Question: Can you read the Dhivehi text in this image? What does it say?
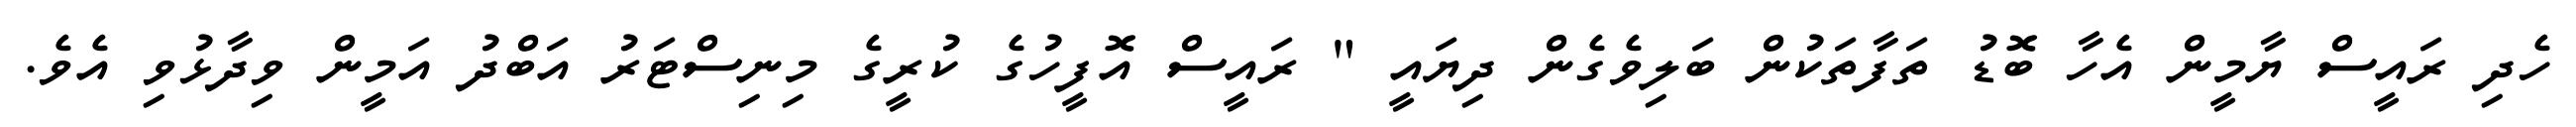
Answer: ހެދި ރައީސް ޔާމީން އެހާ ބޮޑު ތަފާތަކުން ބަލިވެގެން ދިޔައީ " ރައީސް އޮފީހުގެ ކުރީގެ މިނިސްޓަރު އަބްދު އަމީން ވިދާޅުވި އެވެ.